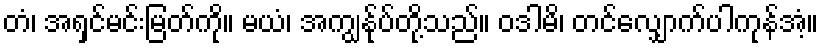
တံ၊ အရှင်မင်းမြတ်ကို။ မယံ၊ အကျွန်ုပ်တို့သည်။ ဝဒါမိ၊ တင်လျှောက်ပါကုန်အံ့။